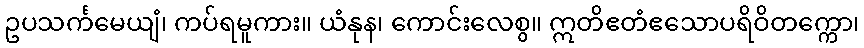
ဥပသင်္ကမေယျံ၊ ကပ်ရမူကား။ ယံနုန၊ ကောင်းလေစွ။ ဣတိဧတံဧသောပရိဝိတက္ကော၊